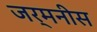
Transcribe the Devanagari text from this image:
जर्मनीस